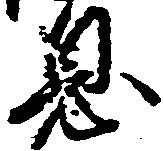
息